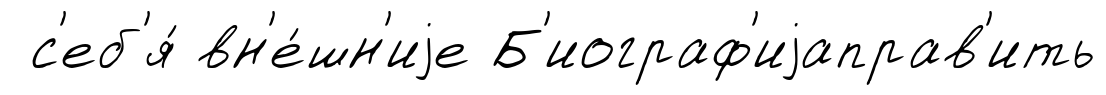
с'еб'я́ вн'е́шн'иjе Б'иограф'иjаправ'ить